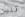
تنين